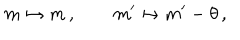
m \mapsto m \, , \qquad m ^ { \prime } \mapsto m ^ { \prime } - \theta \, ,